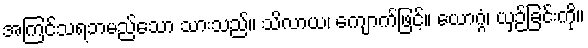
အကြင်သရဘမည်သော သားသည်။ သိလာယ၊ ကျောက်ဖြင့်။ ယောဂ္ဂံ၊ ယှဉ်ခြင်းကို။